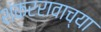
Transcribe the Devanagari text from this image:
शंकररावाच्या